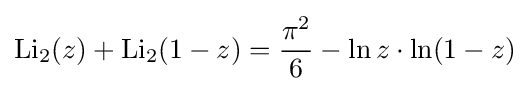
\operatorname {Li} _{2}(z)+\operatorname {Li} _{2}(1-z)={\frac {{\pi }^{2}}{6}}-\ln z\cdot \ln(1-z)